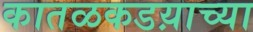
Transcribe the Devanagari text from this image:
कातळकडय़ाच्या